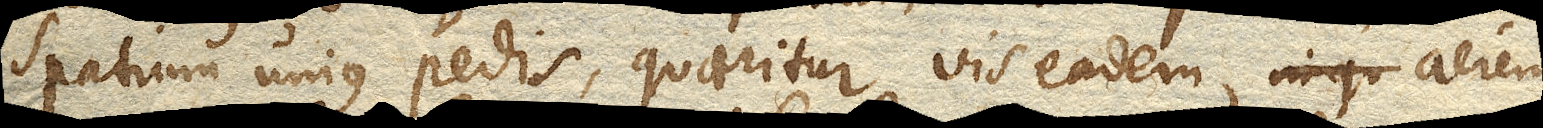
spatium unius pedis, quaeritur vis eadem in qu aerem